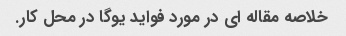
خلاصه مقاله ای در مورد فواید یوگا در محل کار.